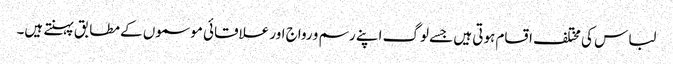
لباس کی مختلف اقسام ہوتی ہیں جسے لوگ اپنے رسم و رواج اور علاقائی موسموں کے مطابق پہنتے ہیں۔